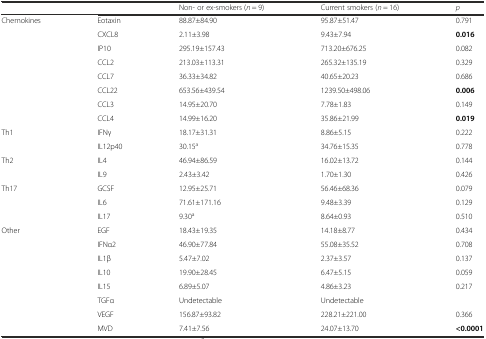
|  |  | Non- or ex-smokers (n = 9) | Current smokers (n = 16) | p |
 | --- | --- | --- | --- | --- |
 | <ROWSPAN=8> Chemokines | Eotaxin | 88.87±84.90 | 95.87±51.47 | 0.791 |
 | CXCL8 | 2.11±3.98 | 9.43±7.94 | 0.016 |
 | IP10 | 295.19±157.43 | 713.20±676.25 | 0.082 |
 | CCL2 | 213.03±113.31 | 265.32±135.19 | 0.329 |
 | CCL7 | 36.33±34.82 | 40.65±20.23 | 0.686 |
 | CCL22 | 653.56±439.54 | 1239.50±498.06 | 0.006 |
 | CCL3 | 14.95±20.70 | 7.78±1.83 | 0.149 |
 | CCL4 | 14.99±16.20 | 35.86±21.99 | 0.019 |
 | <ROWSPAN=2> Th1 | IFNγ | 18.17±31.31 | 8.86±5.15 | 0.222 |
 | IL12p40 | 30.15a | 34.76±15.35 | 0.778 |
 | <ROWSPAN=2> Th2 | IL4 | 46.94±86.59 | 16.02±13.72 | 0.144 |
 | IL9 | 2.43±3.42 | 1.70±1.30 | 0.426 |
 | <ROWSPAN=3> Th17 | GCSF | 12.95±25.71 | 56.46±68.36 | 0.079 |
 | IL6 | 71.61±171.16 | 9.48±3.39 | 0.129 |
 | IL17 | 9.30a | 8.64±0.93 | 0.510 |
 | <ROWSPAN=7> Other | EGF | 18.43±19.35 | 14.18±8.77 | 0.434 |
 | IFNα2 | 46.90±77.84 | 55.08±35.52 | 0.708 |
 | IL1β | 5.47±7.02 | 2.37±3.57 | 0.137 |
 | IL10 | 19.90±28.45 | 6.47±5.15 | 0.059 |
 | IL15 | 6.89±5.07 | 4.86±3.23 | 0.217 |
 | TGFα | Undetectable | Undetectable |  |
 | VEGF | 156.87±93.82 | 228.21±221.00 | 0.366 |
 |  | MVD | 7.41±7.56 | 24.07±13.70 | <0.0001 |